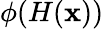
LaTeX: \phi(H(\mathbf{x}))